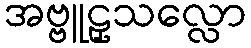
အဗ္ဗူဠှသလ္လော